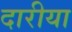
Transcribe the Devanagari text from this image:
दारीया